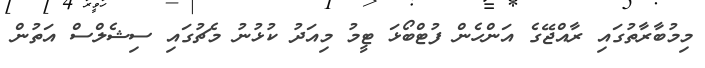
މިމުބާރާތުގައި ރާއްޖޭގެ އަންހެން ފުޓްބޯޅަ ޓީމު މިއަދު ކުޅުނު މެޗުގައި ސިޝެލްސް އަތުން